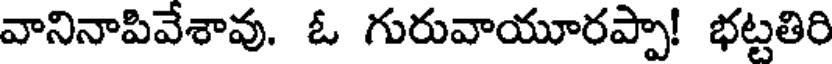
వానినాపివేశావు. ఓ గురువాయూరప్పా! భట్టతిరి